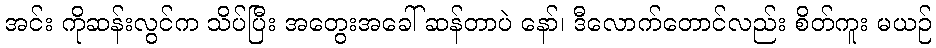
အင်း ကိုဆန်းလွင်က သိပ်ပြီး အတွေးအခေါ် ဆန်တာပဲ နော်၊ ဒီလောက်တောင်လည်း စိတ်ကူး မယဉ်